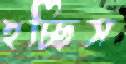
হচ্ছিস